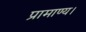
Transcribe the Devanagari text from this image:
प्रामाण्य।